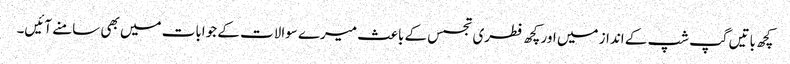
کچھ باتیں گپ شپ کے انداز میں اور کچھ فطری تجسس کے باعث میرے سوالات کے جوابات میں بھی سامنے آئیں۔